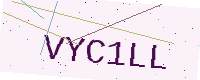
Text: VYC1LL